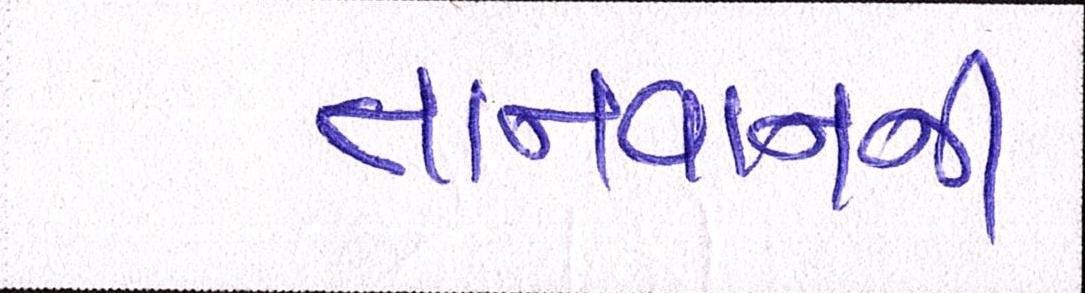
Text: તાઈવાનની